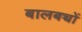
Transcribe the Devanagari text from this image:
बालबच्चों